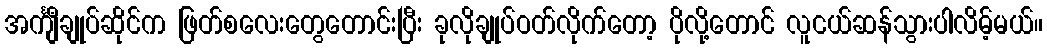
အင်္ကျီချုပ်ဆိုင်က ဖြတ်စလေးတွေတောင်းပြီး ခုလိုချုပ်ဝတ်လိုက်တော့ ပိုလို့တောင် လူငယ်ဆန်သွားပါလိမ့်မယ်။